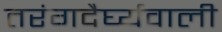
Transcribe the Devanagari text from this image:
तरंगदैर्घ्यवाली